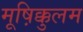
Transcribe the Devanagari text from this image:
मूष़िक्कुलम